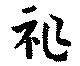
祚